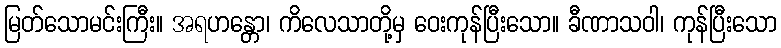
မြတ်သောမင်းကြီး။ အရဟန္တော၊ ကိလေသာတို့မှ ဝေးကုန်ပြီးသော။ ခီဏာသဝါ၊ ကုန်ပြီးသော